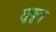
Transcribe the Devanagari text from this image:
लूपूस्